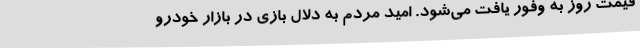
قیمت روز به وفور یافت می‌شود. امید مردم به دلال بازی در بازار خودرو